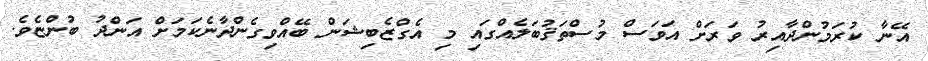
އޭނާ ކުރަމުންދާއިރު ވަރަށް އަވަސް މުސްތަޤުބަލެއްގައި މި އެގްޒެބިޝަން ބޭއްވިގެންދާނެކަމަށް އަންދު ބުންޏެވެ.